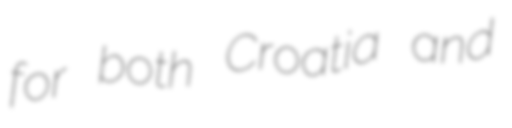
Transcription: for both Croatia and